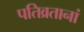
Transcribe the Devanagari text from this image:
पतिव्रतानां